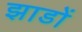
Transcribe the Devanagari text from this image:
झाडों